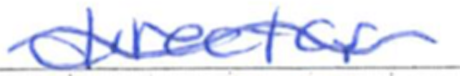
Text: director
Cross-out: wave
Writing tool: ballpoint